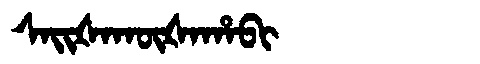
Manchu: ᠰᠠᡳᡧᠠᡴᡡᡧᠠᡥᠠᠪᡳ
Romanization: SAIŠAKŪŠAHABI